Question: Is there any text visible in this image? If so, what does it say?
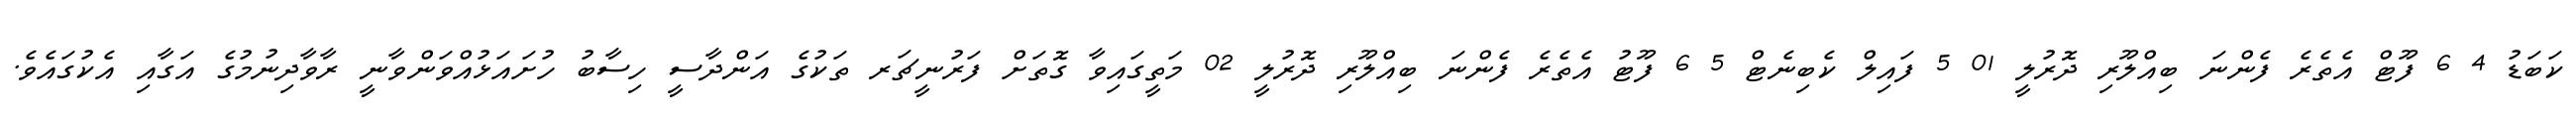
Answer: ކަބަޑު 4 6 ފޫޓް އެތެރެ ފެންނަ ބިއްލޫރި ދޮރުލީ 01 5 ފައިލް ކެބިނެޓް 5 6 ފޫޓު އެތެރެ ފެންނަ ބިއްލޫރި ދޮރުލީ 02 މަތީގައިވާ ގޮތަށް ފަރުނީޗަރ ތަކުގެ އަންދާސީ ހިސާބު ހުށައަޅުއްވަންވާނީ ރާވާދިނުމުގެ އަގާއި އެކުގައެވެ.